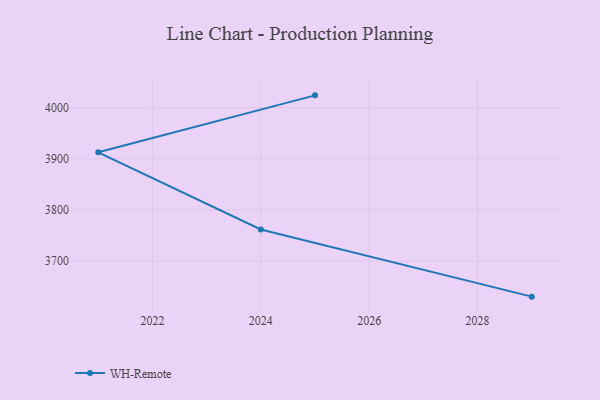
{"axis": {"x": "Year", "y": "Headcount"}, "legend": ["WH-Remote"], "data": [{"x": "2029", "y": 3630.6, "type": "WH-Remote"}, {"x": "2024", "y": 3761.9, "type": "WH-Remote"}, {"x": "2021", "y": 3912.6, "type": "WH-Remote"}, {"x": "2025", "y": 4023.9, "type": "WH-Remote"}]}